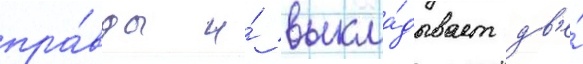
пра́вды и́ выкла́дывает дв'е́